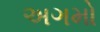
અગમો